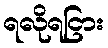
ရလိုရငြား